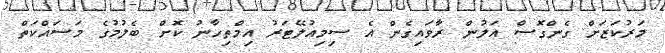
މަރުކަޒަށް ގެންގޮސް އަލުން ރާވައިގެން އެ ސިމިއުލޭޓަރު އިމްތިހާނު ކޮށް ބެލުމުގެ މަސައްކަތް